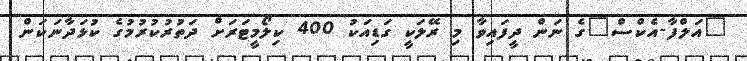
"އަލްފާ-އެކްސް"ގެ ނަން ދީފައިވާ މި ރޭލަކީ ގަޑިއަކު 400 ކިލޯމީޓަރަށް ދަތުރުކުރުމުގެ ކުޅަދާނަކަން